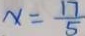
x = \frac { 1 7 } { 5 }